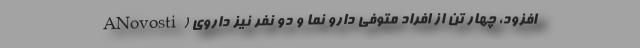
ANovosti ) افزود، چهار تن از افراد متوفی دارو نما و دو نفر نیز داروی